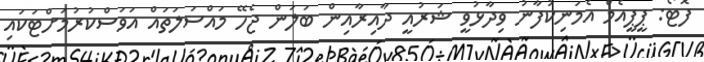
ފޮޓޯ: ޕީޕީއެމް އެމަނިކުފާނު ވިދާޅުވީ ޝަރުއީ ދާއިރާއިން ބަލަން ޖެހޭ މައްސަލަތައް އަވަސްކުރުމަށްޓަކައި